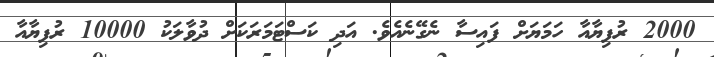
2000 ރުފިޔާއާ ހަމަޔަށް ފައިސާ ނެގޭނެއެވެ. އަދި ކަސްޓަމަރަކަށް ދުވާލަކު 10000 ރުފިޔާއާ